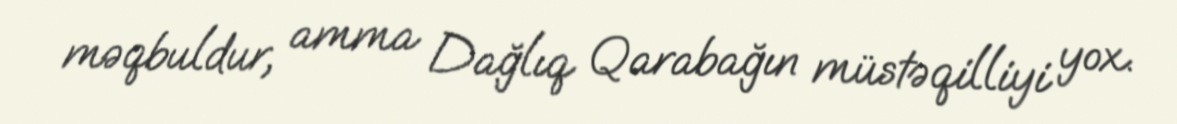
məqbuldur, amma Dağlıq Qarabağın müstəqilliyi yox.